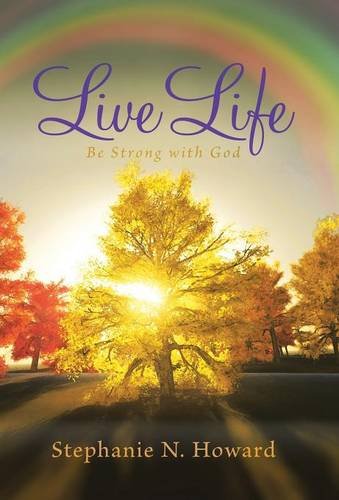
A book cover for Live Life be Strong With God: Be Stronger With God; Stephanie N. Howard; Christian Books & Bibles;